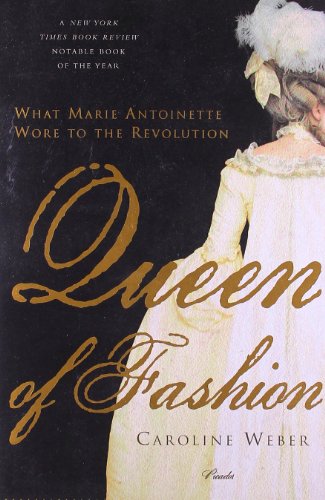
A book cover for Queen of Fashion: What Marie Antoinette Wore to the Revolution; Caroline Weber; Biographies & Memoirs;